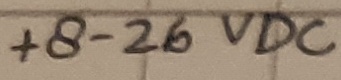
Text: +8-26VDC